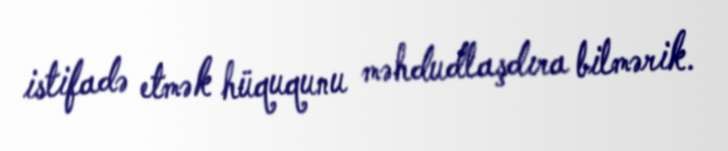
istifadə etmək hüququnu məhdudlaşdıra bilmərik.